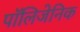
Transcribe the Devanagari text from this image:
पॉलिजेनिक